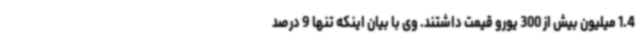
1.4 میلیون بیش از 300 یورو قیمت داشتند. وی با بیان اینکه تنها 9 درصد